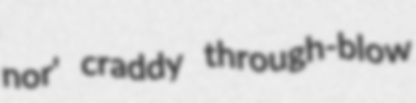
nor' craddy through-blow